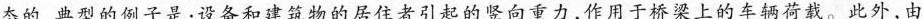
态的，典型的例子是：设备和建筑物的居住者引起的竖向重力，作用于桥梁上的车辆荷载。此外，由